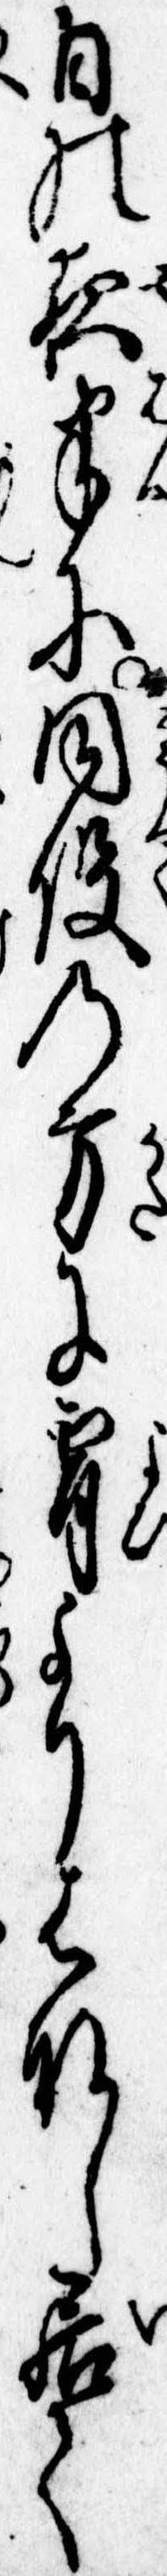
日の夜半に同役の方に宵よりはなし居て